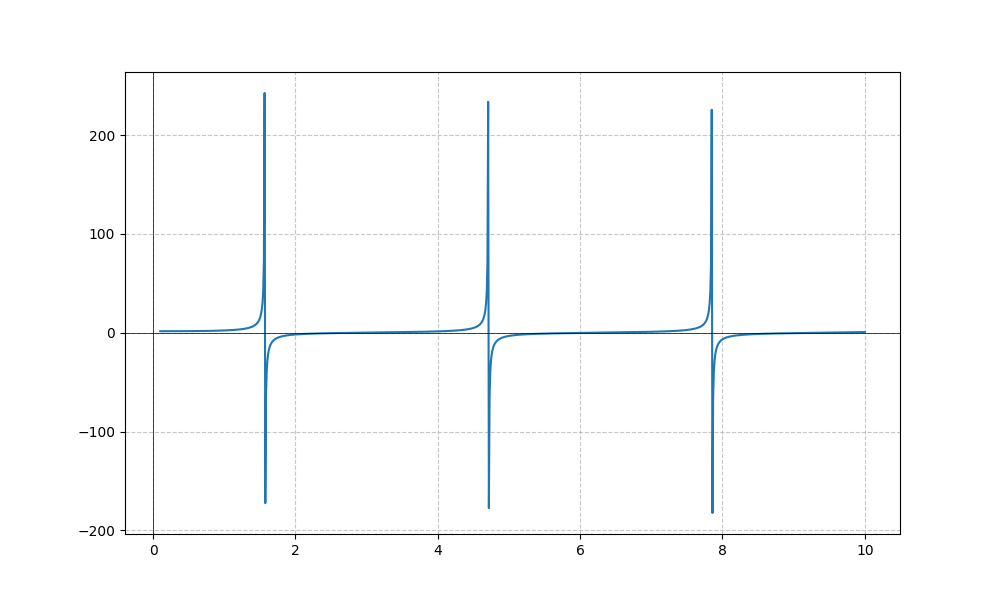
LaTeX formula: \tan{\left(x \right)} + \operatorname{acot}{\left(x \right)}